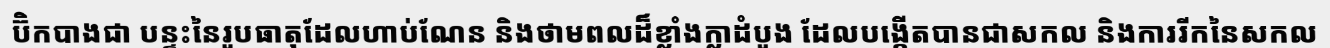
ប៊ិកបាងជា បន្ទះនៃរូបធាតុដែលហាប់ណែន និងថាមពលដ៏ខ្លាំងក្លាដំបូង ដែលបង្កើតបានជាសកល និងការរីកនៃសកល